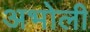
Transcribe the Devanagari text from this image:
अभोली